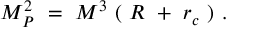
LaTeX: M _ { P } ^ { 2 } ~ = ~ M ^ { 3 } ~ ( ~ R ~ + ~ r _ { c } ~ ) ~ .